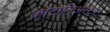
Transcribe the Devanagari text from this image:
कोटोनिअस्टर